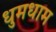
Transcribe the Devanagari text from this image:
धुमधाम